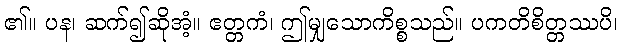
၏။ ပန၊ ဆက်၍ဆိုအံ့။ ဧတ္တကံ၊ ဤမျှသောကိစ္စသည်။ ပကတိစိတ္တဿပိ၊